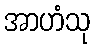
အာဟံသု